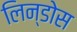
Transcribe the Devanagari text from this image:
लिन्डोस